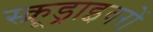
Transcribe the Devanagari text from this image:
स्क्रूड्राइवरों